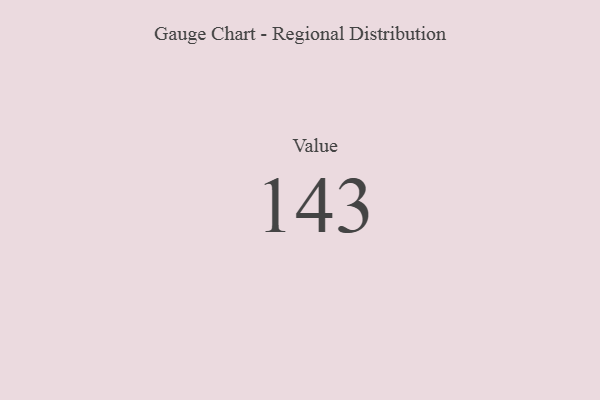
{"axis": {"x": "Metric", "y": "Value"}, "legend": [""], "data": [{"x": "Value", "y": 143, "type": ""}]}